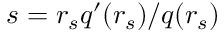
s = r _ { s } q ^ { \prime } ( r _ { s } ) / q ( r _ { s } )